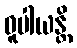
ဓူပါယန္တိ